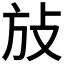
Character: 𰕆